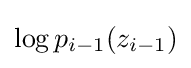
\log p_{i-1}(z_{i-1})